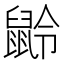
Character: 𪕌